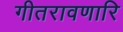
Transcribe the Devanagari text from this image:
गीतरावणारि